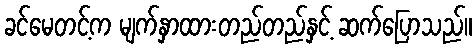
ခင်မေတင့်က မျက်နှာထားတည်တည်နှင့် ဆက်ပြောသည်။